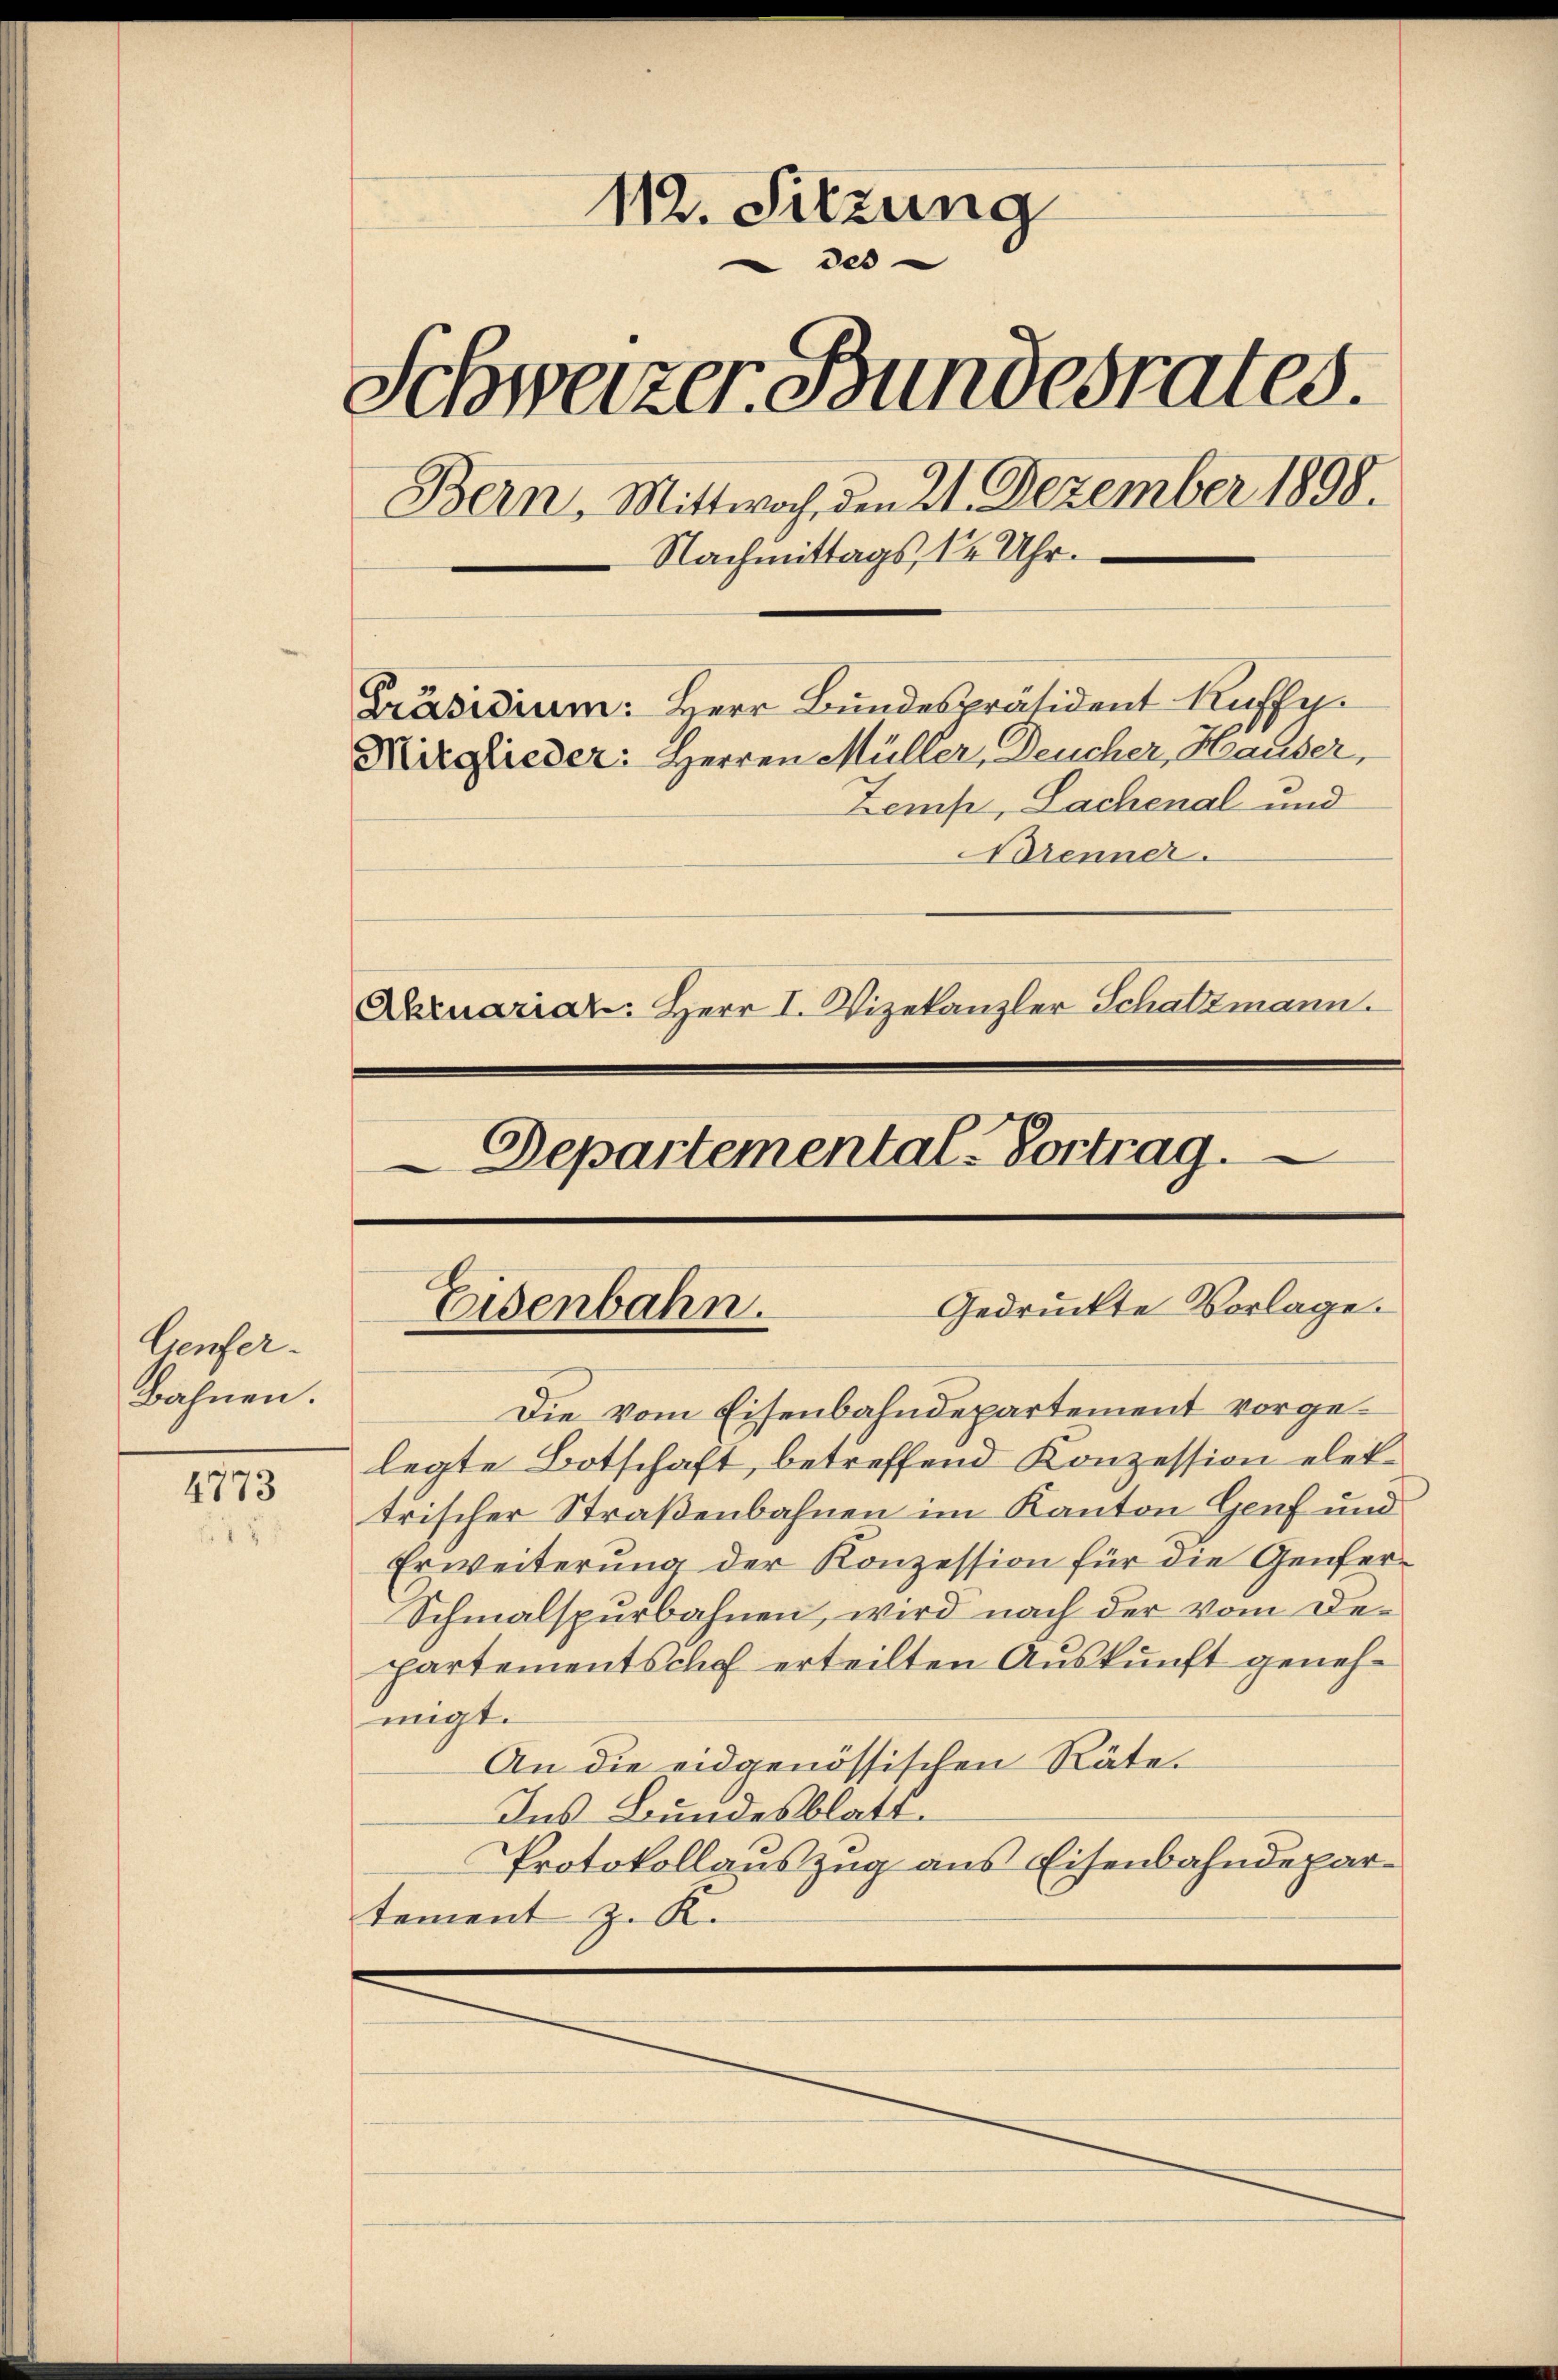
Ceufer.
Bahnen.

4773

112. Sitzung
 des
Schweizer Bundesrates.
Bern, Mittwoch, den 21. Dezember 1898.
Nachmittags, 12 Uhr.
Präsidium: Herr Bundespräsident Kuffe.
Mitglieder: Herren Müller, Deucher, Hauser,
Zemp, Lachenal und
Brenner.
Abruariar: Herr I. Vizekanzler Schatzmann.

Departemental-Vortrag.

Gedruckte Vorlage.
Eisenbahn.

Die vom Eisenbahndepartement vorgelegte Botschaft, betreffend Konzession elektrischer Straßenbahnen im Kanton Genf und
Erweiterung der Konzession für die Genfer¬
Schmalspurbahnen, wird nach der vom Departementsche erteilten Auskunft genehmigt.
An die eidgenössischen Räte.
Ins Bundesblatt.
Protokollauszug aus Eisenbahndepartement z. K.